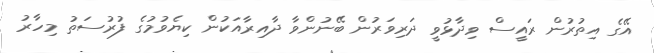
އޭގެ އިތުރުން ރައީސް ވިދާޅުވީ ދަރިވަރުން ބޭނުންވާ ދާއިރާއަކުން ކިޔެވުމުގެ ފުރުސަތު މިހާރު